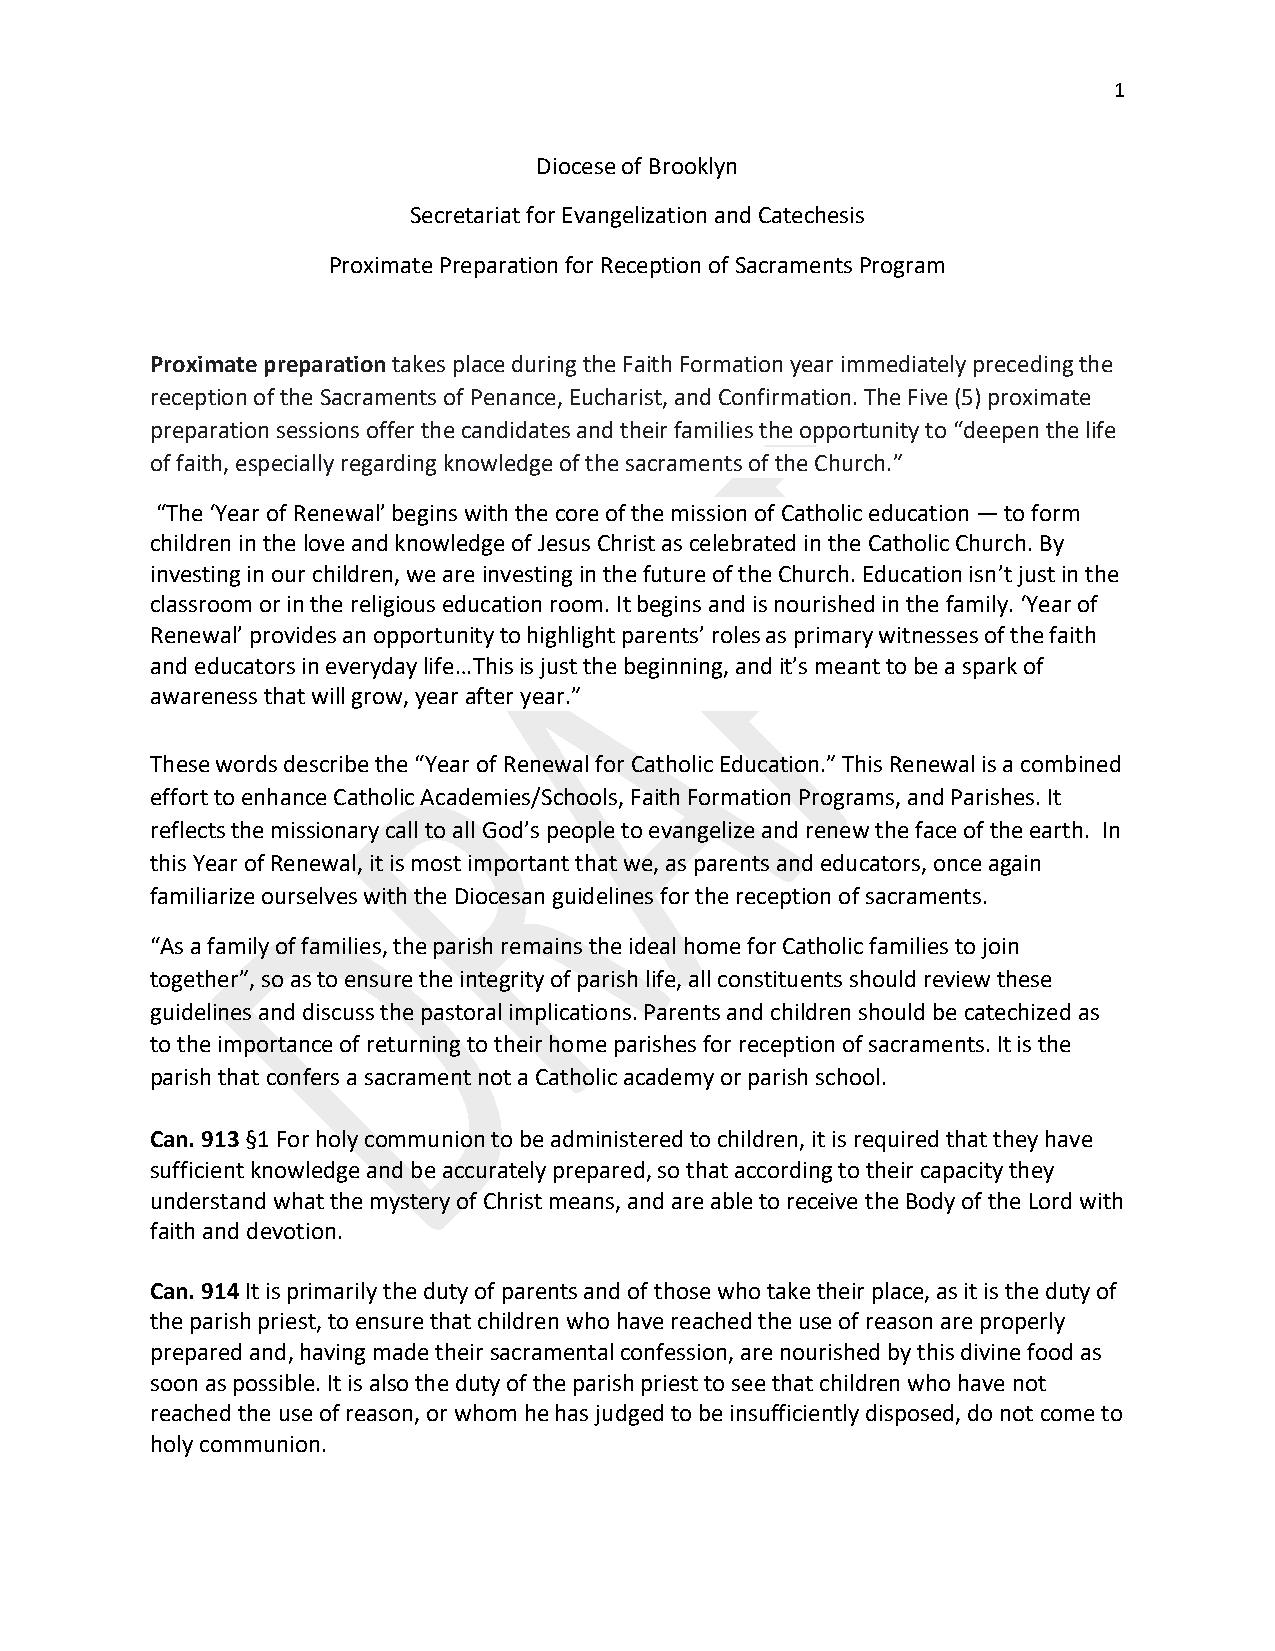
1
 Diocese of Brooklyn
 Secretariat for Evangelization and Catechesis
 Proximate Preparation for Reception of Sacraments Program
 Proximate preparation takes place during the Faith Formation year immediately preceding the
 reception of the Sacraments of Penance, Eucharist, and Confirmation. The Five (5) proximate
 preparation sessions offer the candidates and their families the opportunity to “deepen the life
 of faith, especially regarding knowledge of the sacraments of the Church.”
 “The ‘Year of Renewal’ begins with the core of the mission of Catholic education — to form
 children in the love and knowledge of Jesus Christ as celebrated in the Catholic Church. By
 investing in our children, we are investing in the future of the Church. Education isn’t just in the
 classroom or in the religious education room. It begins and is nourished in the family. ‘Year of
 Renewal’ provides an opportunity to highlight parents’ roles as primary witnesses of the faith
 and educators in everyday life…This is just the beginning, and it’s meant to be a spark of
 awareness that will grow, year after year.”
 These words describe the “Year of Renewal for Catholic Education.” This Renewal is a combined
 effort to enhance Catholic Academies/Schools, Faith Formation Programs, and Parishes. It
 reflects the missionary call to all God’s people to evangelize and renew the face of the earth. In
 this Year of Renewal, it is most important that we, as parents and educators, once again
 familiarize ourselves with the Diocesan guidelines for the reception of sacraments.
 “As a family of families, the parish remains the ideal home for Catholic families to join
 together”, so as to ensure the integrity of parish life, all constituents should review these
 guidelines and discuss the pastoral implications. Parents and children should be catechized as
 to the importance of returning to their home parishes for reception of sacraments. It is the
 parish that confers a sacrament not a Catholic academy or parish school.
 Can. 913 §1 For holy communion to be administered to children, it is required that they have
 sufficient knowledge and be accurately prepared, so that according to their capacity they
 understand what the mystery of Christ means, and are able to receive the Body of the Lord with
 faith and devotion.
 Can. 914 It is primarily the duty of parents and of those who take their place, as it is the duty of
 the parish priest, to ensure that children who have reached the use of reason are properly
 prepared and, having made their sacramental confession, are nourished by this divine food as
 soon as possible. It is also the duty of the parish priest to see that children who have not
 reached the use of reason, or whom he has judged to be insufficiently disposed, do not come to
 holy communion.